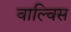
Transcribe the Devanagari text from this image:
वाल्विस